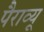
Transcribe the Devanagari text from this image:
पैराव्यू